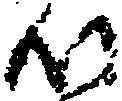
つ